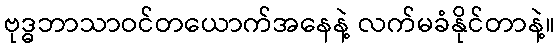
ဗုဒ္ဓဘာသာဝင်တယောက်အနေနဲ့ လက်မခံနိုင်တာနဲ့။